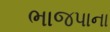
ભાજપાના